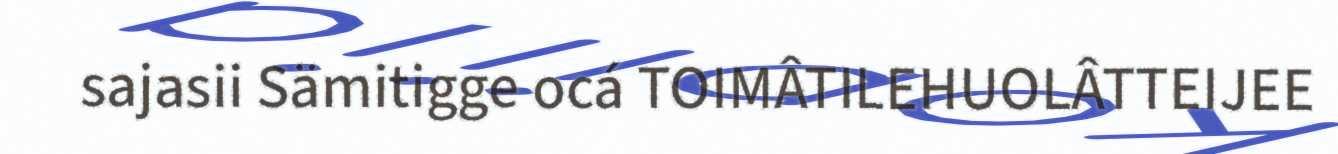
sajasii Sämitigge ocá TOIMÂTILEHUOLÂTTEIJEE